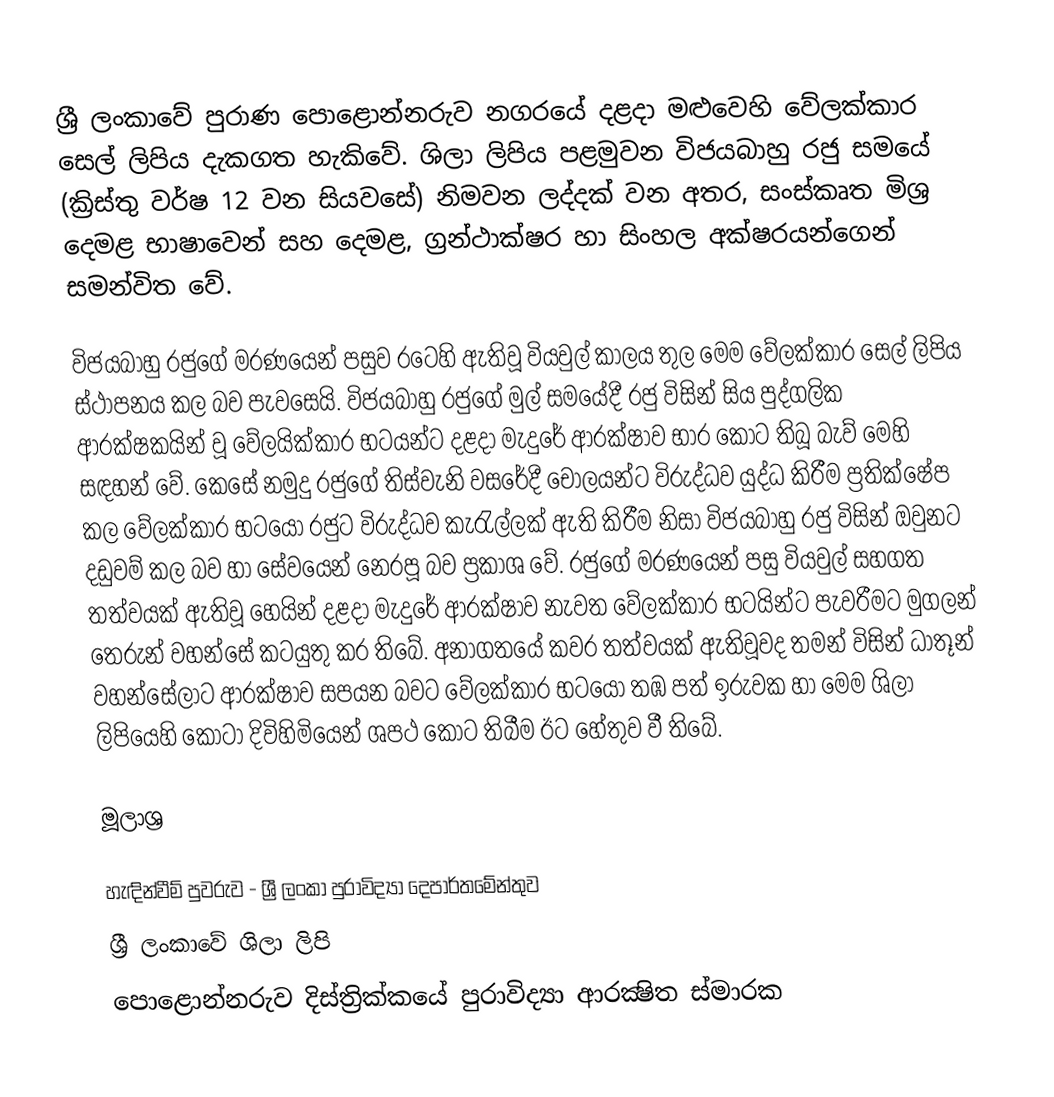
ශ්‍රී ලංකාවේ පුරාණ පොළොන්නරුව නගරයේ දළදා මළුවෙහි වේලක්කාර සෙල් ලිපිය දැකගත හැකිවේ. ශිලා ලිපිය පළමුවන විජයබාහු රජු සමයේ (ක්‍රිස්තු වර්ෂ 12 වන සියවසේ) නිමවන ලද්දක් වන අතර, සංස්කෘත මිශ්‍ර දෙමළ භාෂාවෙන් සහ දෙමළ, ග්‍රන්ථාක්ෂර හා සිංහල අක්ෂරයන්ගෙන් සමන්විත වේ.

විජයබාහු රජුගේ මරණයෙන් පසුව රටෙහි ඇතිවූ වියවුල් කාලය තුල මෙම වේලක්කාර සෙල් ලිපිය ස්ථාපනය කල බව පැවසෙයි. විජයබාහු රජුගේ මුල් සමයේදී රජු විසින් සිය පුද්ගලික ආරක්ෂකයින් වූ වේලයික්කාර භටයන්ට දළදා මැදුරේ ආරක්ෂාව භාර කොට තිබූ බැව් මෙහි සඳහන් වේ. කෙසේ නමුදු රජුගේ තිස්වැනි වසරේදී චෝලයන්ට විරුද්ධව යුද්ධ කිරීම ප්‍රතික්ෂේප කල වේලක්කාර භටයෝ රජුට විරුද්ධව කැරැල්ලක් ඇති කිරීම නිසා විජයබාහු රජු විසින් ඔවුනට දඩුවම් කල බව හා සේවයෙන් නෙරපූ බව ප්‍රකාශ වේ. රජුගේ මරණයෙන් පසු වියවුල් සහගත තත්වයක් ඇතිවූ හෙයින් දළදා මැදුරේ ආරක්ෂාව නැවත වේලක්කාර භටයින්ට පැවරීමට මුගලන් තෙරුන් වහන්සේ කටයුතු කර තිබේ. අනාගතයේ කවර තත්වයක් ඇතිවූවද තමන් විසින් ධාතූන් වහන්සේලාට ආරක්ෂාව සපයන බවට වේලක්කාර භටයෝ තඹ පත් ඉරුවක හා මෙම ශිලා ලිපියෙහි කොටා දිවිහිමියෙන් ශපථ කොට තිබීම ඊට හේතුව වී තිබේ.

මූලාශ්‍ර

හැඳින්වීම් පුවරුව - ශ්‍රී ලංකා පුරාවිද්‍යා දෙපාර්තමේන්තුව
ශ්‍රී ලංකාවේ ශිලා ලිපි
පොළොන්නරුව දිස්ත්‍රික්කයේ පුරාවිද්‍යා ආරක්‍ෂිත ස්මාරක‎